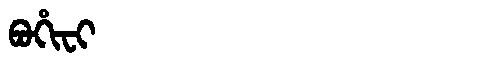
Manchu: ᠪᠣᡥᡳᠸᡳ
Romanization: BOHIFI